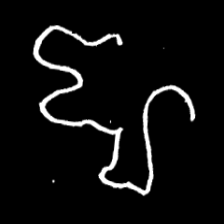
Pyu character \u2014 Myanmar letter: ဈ (romanized: jha)